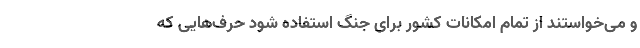
و می‌خواستند از تمام امکانات کشور برای جنگ استفاده شود حرف‌هایی که